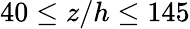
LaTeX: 40\leq z/h\leq 145